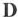
D